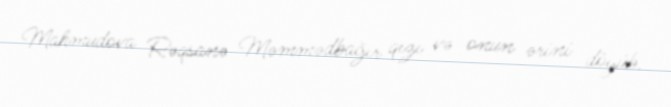
Mahmudova Rəqsanə Məmmədbağır qızı və onun ərini döyüb.